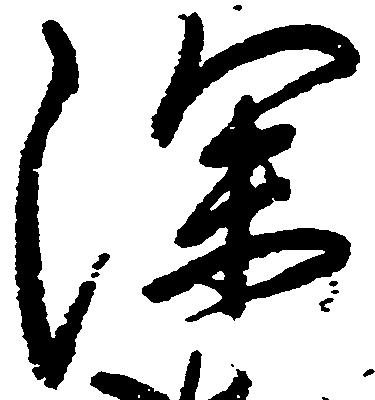
深